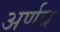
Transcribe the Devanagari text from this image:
अर्णब